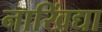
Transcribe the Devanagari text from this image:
नाखिंद्या